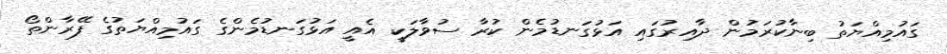
ގައުމިއްޔަތު ބިނާކުރަމުން ދާއިރުގައި އަޅުގަނޑުމެން ކުރާ ސުވާލަކީ އެއީ އަޅުގަނޑުމެންގެ ގައުމިއްޔަތުގެ ފޭރާންތޯ